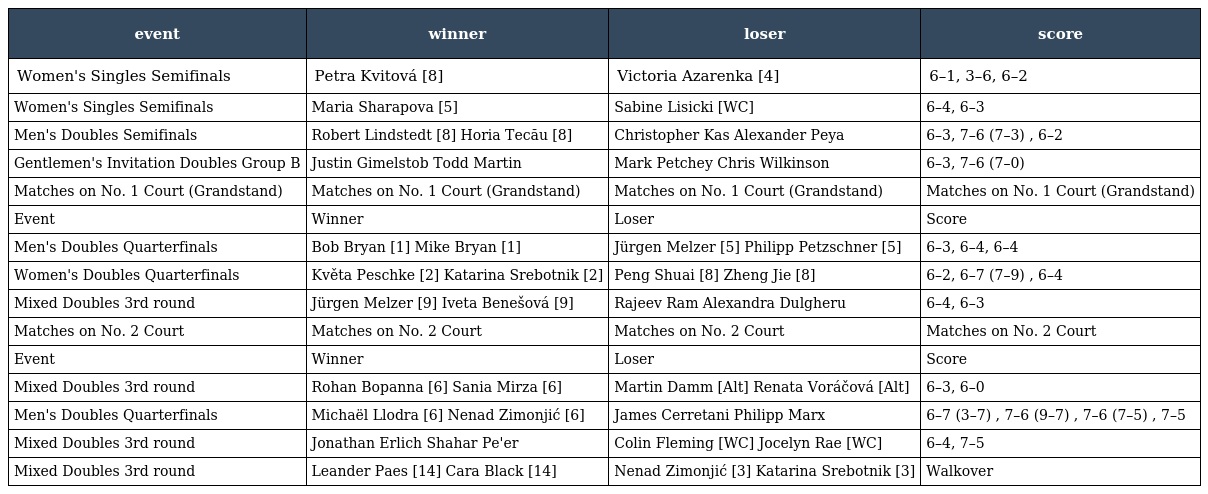
| event | winner | loser | score |
 | --- | --- | --- | --- |
 | Women's Singles Semifinals | Petra Kvitová [8] | Victoria Azarenka [4] | 6–1, 3–6, 6–2 |
 | Women's Singles Semifinals | Maria Sharapova [5] | Sabine Lisicki [WC] | 6–4, 6–3 |
 | Men's Doubles Semifinals | Robert Lindstedt [8] Horia Tecău [8] | Christopher Kas Alexander Peya | 6–3, 7–6 (7–3) , 6–2 |
 | Gentlemen's Invitation Doubles Group B | Justin Gimelstob Todd Martin | Mark Petchey Chris Wilkinson | 6–3, 7–6 (7–0) |
 | Matches on No. 1 Court (Grandstand) | Matches on No. 1 Court (Grandstand) | Matches on No. 1 Court (Grandstand) | Matches on No. 1 Court (Grandstand) |
 | Event | Winner | Loser | Score |
 | Men's Doubles Quarterfinals | Bob Bryan [1] Mike Bryan [1] | Jürgen Melzer [5] Philipp Petzschner [5] | 6–3, 6–4, 6–4 |
 | Women's Doubles Quarterfinals | Květa Peschke [2] Katarina Srebotnik [2] | Peng Shuai [8] Zheng Jie [8] | 6–2, 6–7 (7–9) , 6–4 |
 | Mixed Doubles 3rd round | Jürgen Melzer [9] Iveta Benešová [9] | Rajeev Ram Alexandra Dulgheru | 6–4, 6–3 |
 | Matches on No. 2 Court | Matches on No. 2 Court | Matches on No. 2 Court | Matches on No. 2 Court |
 | Event | Winner | Loser | Score |
 | Mixed Doubles 3rd round | Rohan Bopanna [6] Sania Mirza [6] | Martin Damm [Alt] Renata Voráčová [Alt] | 6–3, 6–0 |
 | Men's Doubles Quarterfinals | Michaël Llodra [6] Nenad Zimonjić [6] | James Cerretani Philipp Marx | 6–7 (3–7) , 7–6 (9–7) , 7–6 (7–5) , 7–5 |
 | Mixed Doubles 3rd round | Jonathan Erlich Shahar Pe'er | Colin Fleming [WC] Jocelyn Rae [WC] | 6–4, 7–5 |
 | Mixed Doubles 3rd round | Leander Paes [14] Cara Black [14] | Nenad Zimonjić [3] Katarina Srebotnik [3] | Walkover |